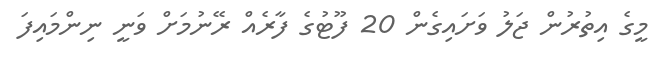
މީގެ އިތުރުން ޖަލު ވަށައިގެން 20 ފޫޓުގެ ފާރެއް ރޭނުމަށް ވަނީ ނިންމައިފަ